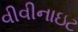
વીવીનાઇટ